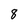
Character: 8